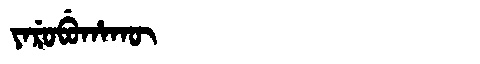
Manchu: ᠶᠠᡵᡠᠪᡠᡥᠠᡴᡡ
Romanization: YARUBUHAKŪ